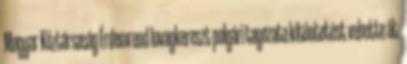
Magyar Köztársaság Érdemrend lovagkereszt polgári tagozata kitüntetést vehette át.